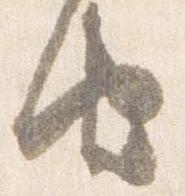
由